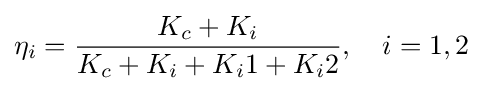
\eta _{i}={\frac {K_{c}+K_{i}}{K_{c}+K_{i}+K_{i}1+K_{i}2}},\quad i=1,2